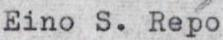
Eino S. Repo